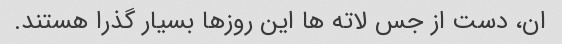
ان، دست از جس لاته ها این روزها بسیار گذرا هستند.